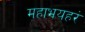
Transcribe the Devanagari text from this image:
महाभयहरं